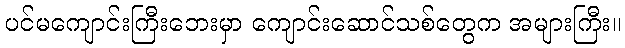
ပင်မကျောင်းကြီးဘေးမှာ ကျောင်းဆောင်သစ်တွေက အများကြီး။